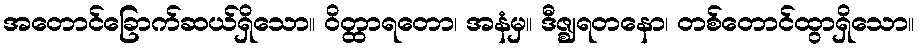
အတောင်ခြောက်ဆယ်ရှိသော။ ဝိတ္ထာရတော၊ အနံမှ။ ဒီဇ္ဈရတနော၊ တစ်တောင်ထွာရှိသော။